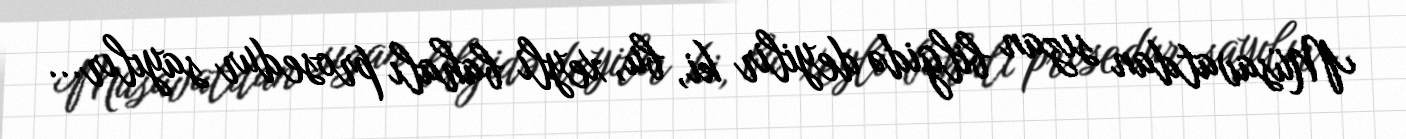
Müsavatdan sızan bilgidə deyilir ki, bu, xeyli bahalı prosedur sayılır...